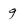
Character: 9